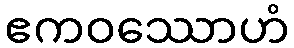
ဧကဝဿောဟံ